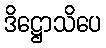
ဒိဋ္ဌောသိပေ